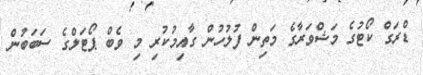
ޑްރަގް ކޯޓުގެ މަޝްވަރާގެ މަތިން ފުލުހުން ގާއިމުކުރި މި ވެބް ޕޯޓަލްގެ ސަބަބުން